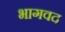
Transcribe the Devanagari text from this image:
भागवद